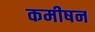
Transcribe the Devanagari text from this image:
कमीषन